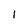
Character: I